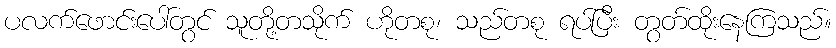
ပလက်ဖောင်းပေါ်တွင် သူတို့တသိုက် ဟိုတစု၊ သည်တစု ရပ်ပြီး တွတ်ထိုးနေကြသည်။